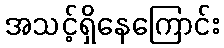
အသင့်ရှိနေကြောင်း